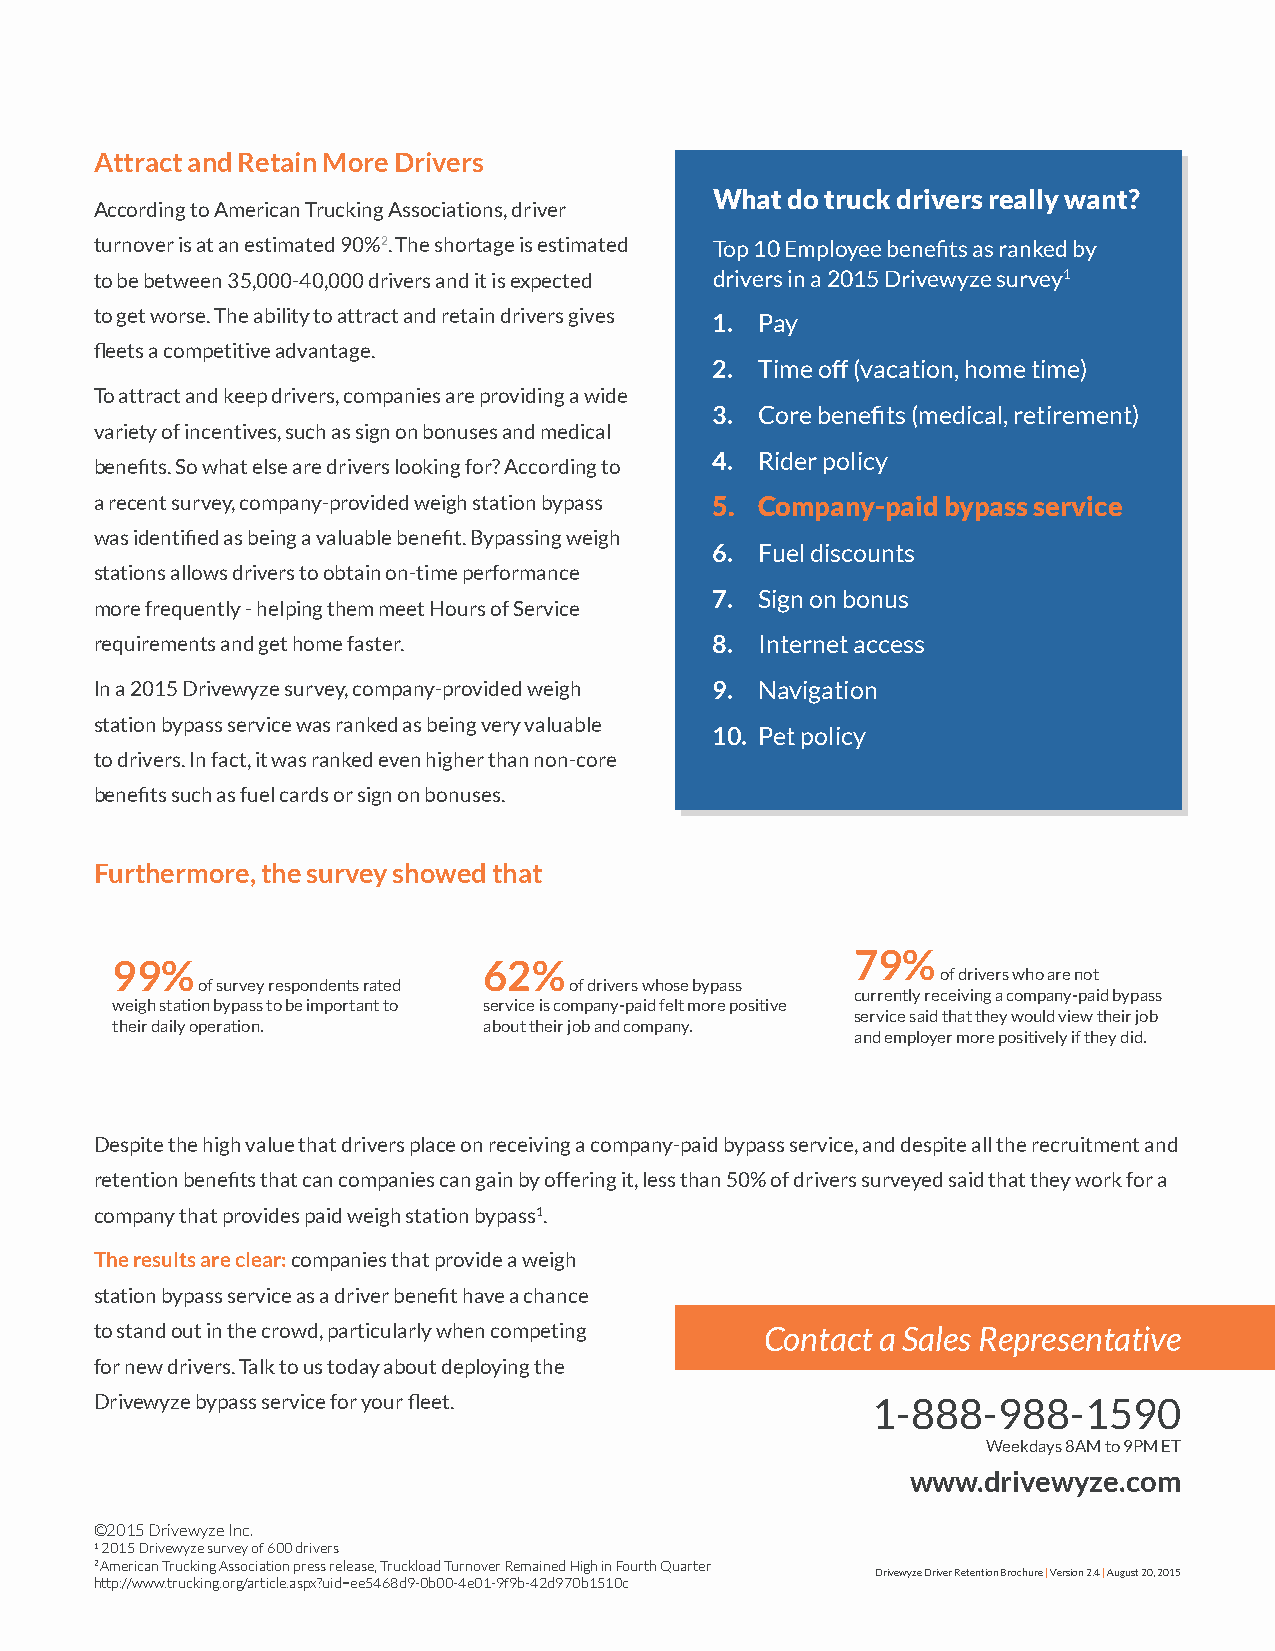
Attract and Retain More Drivers
 What do truck drivers really want?
 According to American Trucking Associations, driver
 turnover is at an estimated 90%2. The shortage is estimated Top 10 Employee benefits as ranked by
 to be between 35,000-40,000 drivers and it is expected drivers in a 2015 Drivewyze survey1
 to get worse. The ability to attract and retain drivers gives 1. Pay
 fleets a competitive advantage.
 2. Time off (vacation, home time)
 To attract and keep drivers, companies are providing a wide
 3. Core benefits (medical, retirement)
 variety of incentives, such as sign on bonuses and medical
 4. Rider policy
 benefits. So what else are drivers looking for? According to
 a recent survey, company-provided weigh station bypass 5. Company-paid bypass service
 was identified as being a valuable benefit. Bypassing weigh
 6. Fuel discounts
 stations allows drivers to obtain on-time performance
 7. Sign on bonus
 more frequently - helping them meet Hours of Service
 requirements and get home faster.        8. Internet access
 In a 2015 Drivewyze survey, company-provided weigh 9. Navigation
 station bypass service was ranked as being very valuable
 10. Pet policy
 to drivers. In fact, it was ranked even higher than non-core
 benefits such as fuel cards or sign on bonuses.
 Furthermore, the survey showed that
 79%
 99%                      62%
 of drivers who are not
 of survey respondents rated of drivers whose bypass
 currently receiving a company-paid bypass
 weigh station bypass to be important to service is company-paid felt more positive
 service said that they would view their job
 their daily operation.   about their job and company.
 and employer more positively if they did.
 Despite the high value that drivers place on receiving a company-paid bypass service, and despite all the recruitment and
 retention benefits that can companies can gain by offering it, less than 50% of drivers surveyed said that they work for a
 company that provides paid weigh station bypass1.
 The results are clear: companies that provide a weigh
 station bypass service as a driver benefit have a chance
 to stand out in the crowd, particularly when competing Contact a Sales Representative
 for new drivers. Talk to us today about deploying the
 Drivewyze bypass service for your fleet.            1-888-988-1590
 Weekdays 8AM to 9PM ET
 www.drivewyze.com
 ©2015 Drivewyze Inc.
 1 2015 Drivewyze survey of 600 drivers
 2 American Trucking Association press release, Truckload Turnover Remained High in Fourth Quarter
 Drivewyze Driver Retention Brochure | Version 2.4 | August 20, 2015
 http://www.trucking.org/article.aspx?uid=ee5468d9-0b00-4e01-9f9b-42d970b1510c